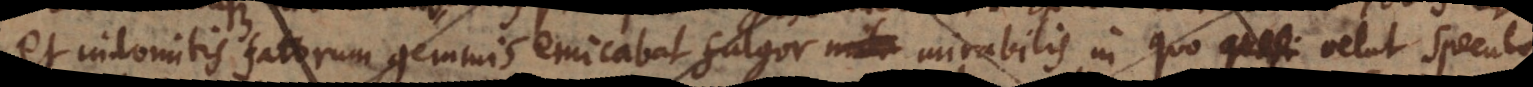
et indomitis fatorum gemmis emicabat fulgor mirabilis, in quo velut specul